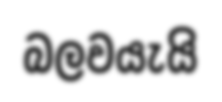
බලවයැයි